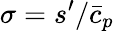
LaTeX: \sigma={s^{\prime}}/{\bar{c}_{p}}